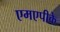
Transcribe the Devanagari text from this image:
एमएपीके